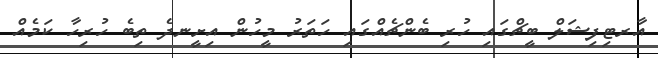
އާރޓިފިޝަލް ބީޗްގައި ހުރި ބެންޗެއްގައި ހަތަރު މީހުން އިށީނދެ ތިބެ ހުރިހާ ކަމެއް